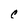
Character: C